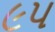
૯પ